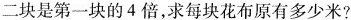
二块是第一块的4倍，求每块花布原有多少米?